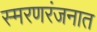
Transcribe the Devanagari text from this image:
स्मरणरंजनात